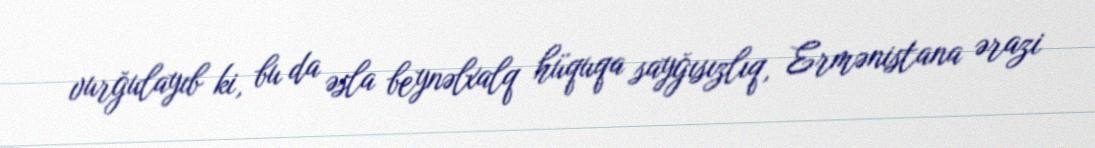
vurğulayıb ki, bu da əsla beynəlxalq hüquqa sayğısızlıq, Ermənistana ərazi